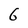
Character: 6